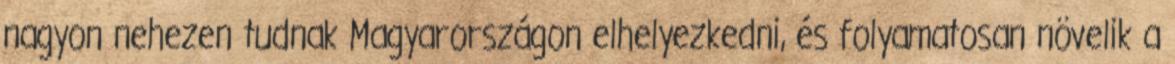
nagyon nehezen tudnak Magyarországon elhelyezkedni, és folyamatosan növelik a